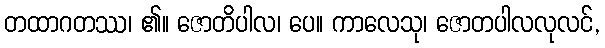
တထာဂတဿ၊ ၏။ ဇောတိပါလ၊ ပေ။ ကာလေသု၊ ဇောတပါလလုလင်,